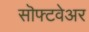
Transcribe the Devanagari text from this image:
सॊफ्टवेअर